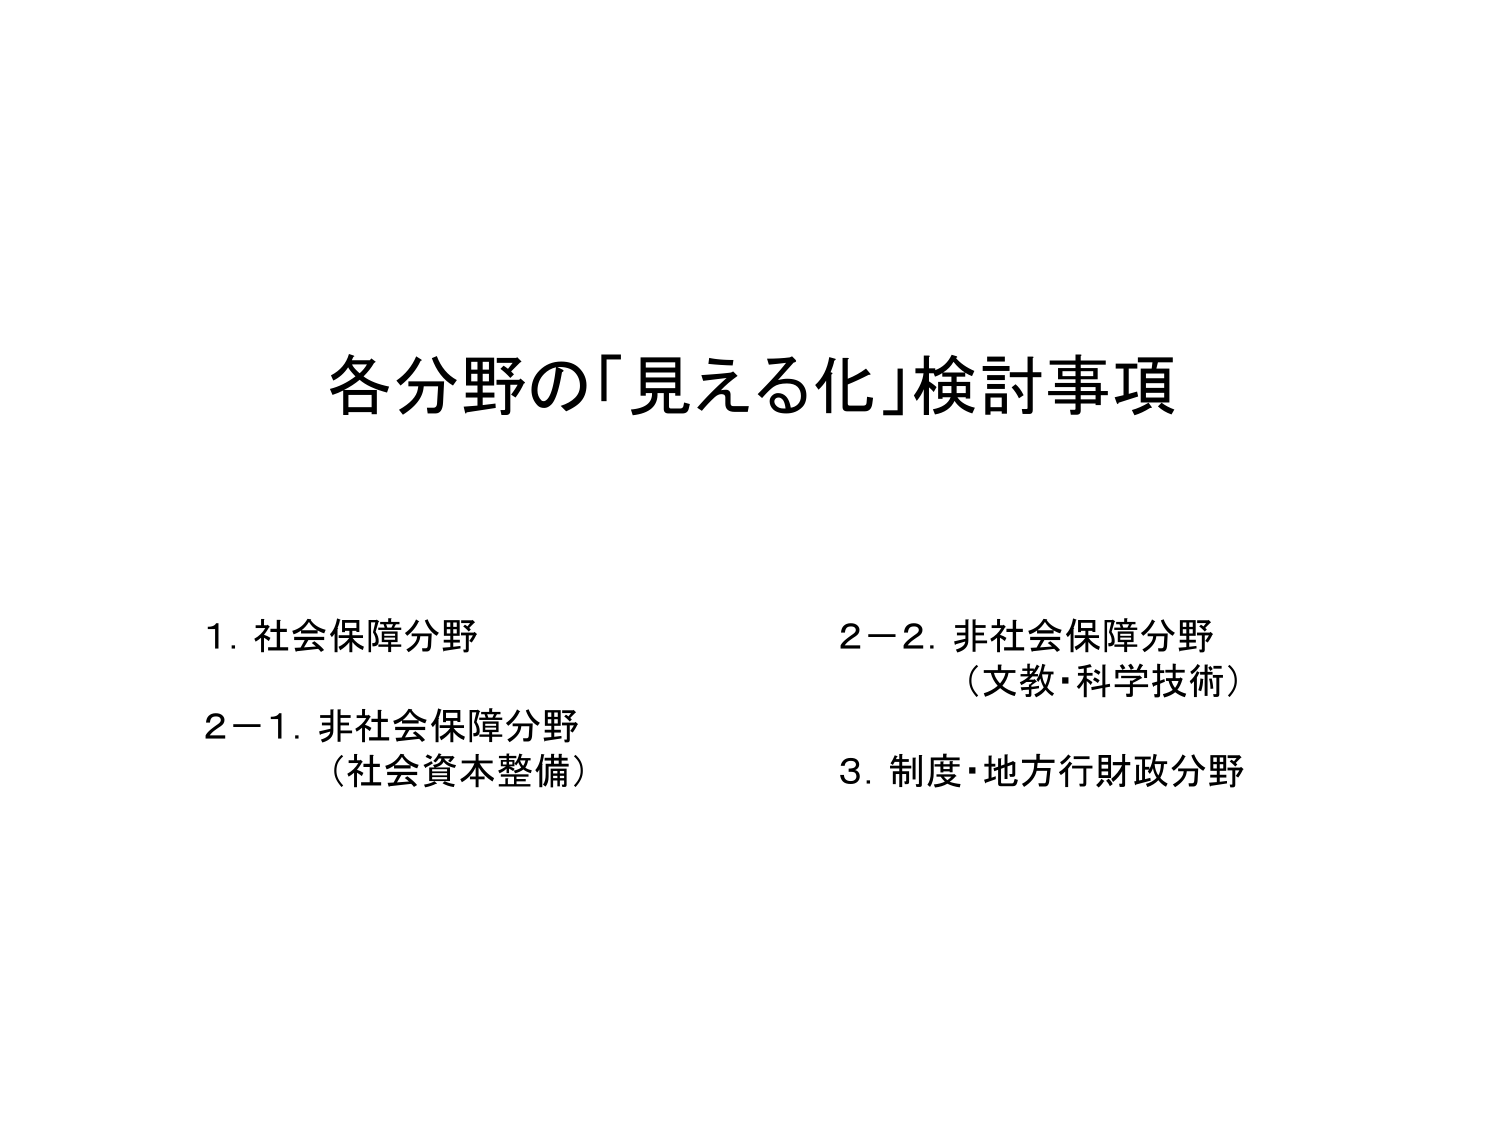
各分野の「見える化」検討事項

1. 社会保障分野
2-1. 非社会保障分野
（社会資本整備）
2-2. 非社会保障分野
（文教・科学技術）
3. 制度・地方行財政分野